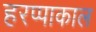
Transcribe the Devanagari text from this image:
हरप्पाकाल